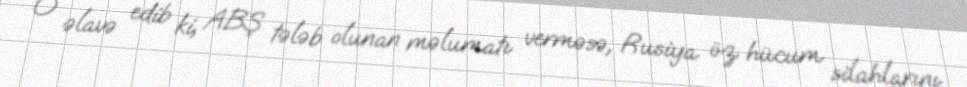
O əlavə edib ki, ABŞ tələb olunan məlumatı verməsə, Rusiya öz hücum silahlarını